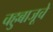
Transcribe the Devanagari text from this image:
चहुबाजूचे